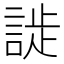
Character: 𬢮